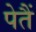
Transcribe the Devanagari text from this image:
पेतैं